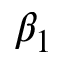
\beta _ { 1 }